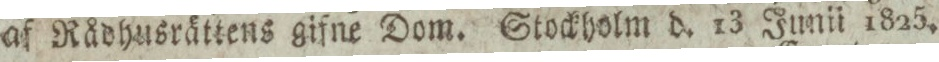
af Rådhusrättens gifne Dom. Stockholm d. 13 Junii 1825.